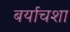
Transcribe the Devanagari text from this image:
बर्याचशा